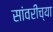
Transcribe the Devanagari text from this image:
सांवरीच्या